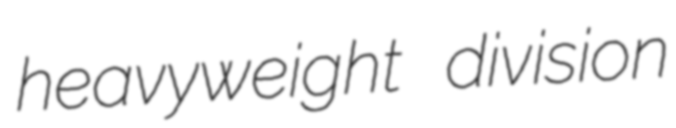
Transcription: heavyweight division